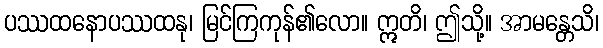
ပဿထနောပဿထနု၊ မြင်ကြကုန်၏လော။ ဣတိ၊ ဤသို့။ အာမန္တေသိ၊